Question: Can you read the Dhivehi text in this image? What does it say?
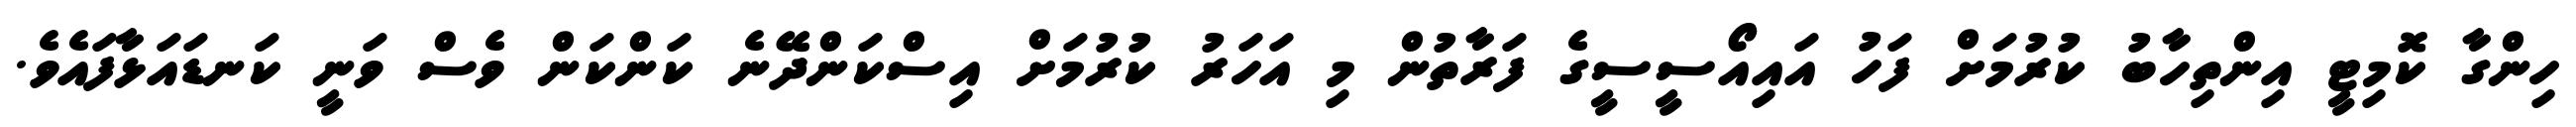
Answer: ހިންގާ ކޮމިޓީ އިންތިހާބު ކުރުމަށް ފަހު އައިއޯސީސީގެ ފަރާތުން މި އަހަރު ކުރުމަށް އިސްކަންދޭނެ ކަންކަން ވެސް ވަނީ ކަނޑައަޅާފައެވެ.